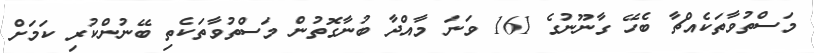
މަސްތުވާތަކެއްޗާ ބެހޭ ގާނޫނުގެ 161 ވަނަ މާއްދާ ބުނާގޮތުން މަސްތުވާތަކެތި ބޭނުންކުރި ކަމަށް